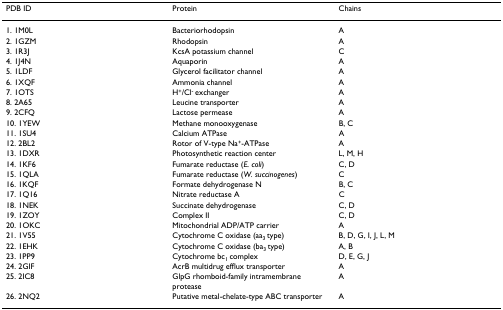
<table><thead><tr><td><b>PDB ID</b></td><td><b>Protein</b></td><td><b>Chains</b></td></tr></thead><tbody><tr><td>1. 1M0L</td><td>Bacteriorhodopsin</td><td>A</td></tr><tr><td>2. 1GZM</td><td>Rhodopsin</td><td>A</td></tr><tr><td>3. 1R3J</td><td>KcsA potassium channel</td><td>C</td></tr><tr><td>4. 1J4N</td><td>Aquaporin</td><td>A</td></tr><tr><td>5. 1LDF</td><td>Glycerol facilitator channel</td><td>A</td></tr><tr><td>6. 1XQF</td><td>Ammonia channel</td><td>A</td></tr><tr><td>7. 1OTS</td><td>H<sup>+</sup>/Cl<sup>- </sup>exchanger</td><td>A</td></tr><tr><td>8. 2A65</td><td>Leucine transporter</td><td>A</td></tr><tr><td>9. 2CFQ</td><td>Lactose permease</td><td>A</td></tr><tr><td>10. 1YEW</td><td>Methane monooxygenase</td><td>B, C</td></tr><tr><td>11. 1SU4</td><td>Calcium ATPase</td><td>A</td></tr><tr><td>12. 2BL2</td><td>Rotor of V-type Na<sup>+</sup>-ATPase</td><td>A</td></tr><tr><td>13. 1DXR</td><td>Photosynthetic reaction center</td><td>L, M, H</td></tr><tr><td>14. 1KF6</td><td>Fumarate reductase (<i>E. coli</i>)</td><td>C, D</td></tr><tr><td>15. 1QLA</td><td>Fumarate reductase (<i>W. succinogenes</i>)</td><td>C</td></tr><tr><td>16. 1KQF</td><td>Formate dehydrogenase N</td><td>B, C</td></tr><tr><td>17. 1Q16</td><td>Nitrate reductase A</td><td>C</td></tr><tr><td>18. 1NEK</td><td>Succinate dehydrogenase</td><td>C, D</td></tr><tr><td>19. 1ZOY</td><td>Complex II</td><td>C, D</td></tr><tr><td>20. 1OKC</td><td>Mitochondrial ADP/ATP carrier</td><td>A</td></tr><tr><td>21. 1V55</td><td>Cytochrome C oxidase (aa<sub>3 </sub>type)</td><td>B, D, G, I, J, L, M</td></tr><tr><td>22. 1EHK</td><td>Cytochrome C oxidase (ba<sub>3 </sub>type)</td><td>A, B</td></tr><tr><td>23. 1PP9</td><td>Cytochrome bc<sub>1 </sub>complex</td><td>D, E, G, J</td></tr><tr><td>24. 2GIF</td><td>AcrB multidrug efflux transporter</td><td>A</td></tr><tr><td>25. 2IC8</td><td>GlpG rhomboid-family intramembrane protease</td><td>A</td></tr><tr><td>26. 2NQ2</td><td>Putative metal-chelate-type ABC transporter</td><td>A</td></tr></tbody></table>